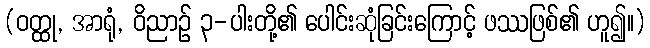
(ဝတ္ထု, အာရုံ, ဝိညာဉ် ၃-ပါးတို့၏ ပေါင်းဆုံခြင်းကြောင့် ဖဿဖြစ်၏ ဟူ၍။)